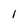
Character: 1